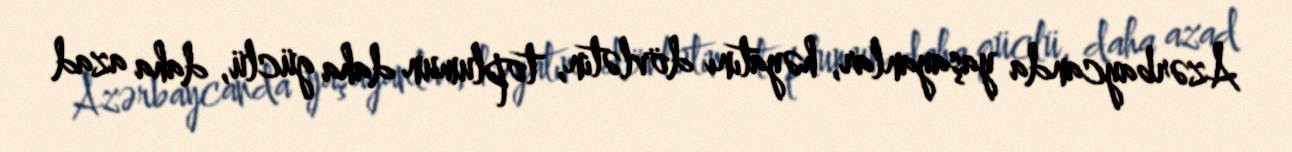
Azərbaycanda yaşayanlar, həyatını dövlətin, toplumun daha güclü, daha azad